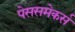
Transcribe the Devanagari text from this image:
पेससमेकर्स